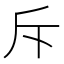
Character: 斥